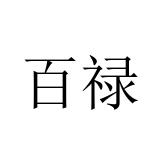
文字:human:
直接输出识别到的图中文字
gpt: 百禄